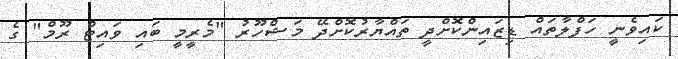
ކައިވެނީ ހަފްލާތައް ޑިޒައިންކޮށްދީ ތައްޔާރުކޮށްދޭ މަޝްހޫރު "މެރީމީ ބައި ވައިޓް ރޫމް" ގެ